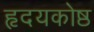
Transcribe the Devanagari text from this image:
हृदयकोष्ठ